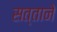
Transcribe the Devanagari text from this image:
सत्ताने